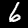
Label: 6